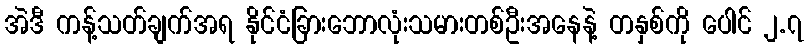
အဲဒီ ကန့်သတ်ချက်အရ နိုင်ငံခြားဘောလုံးသမားတစ်ဦးအနေနဲ့ တနှစ်ကို ပေါင် ၂.၇